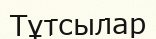
Тұтсылар